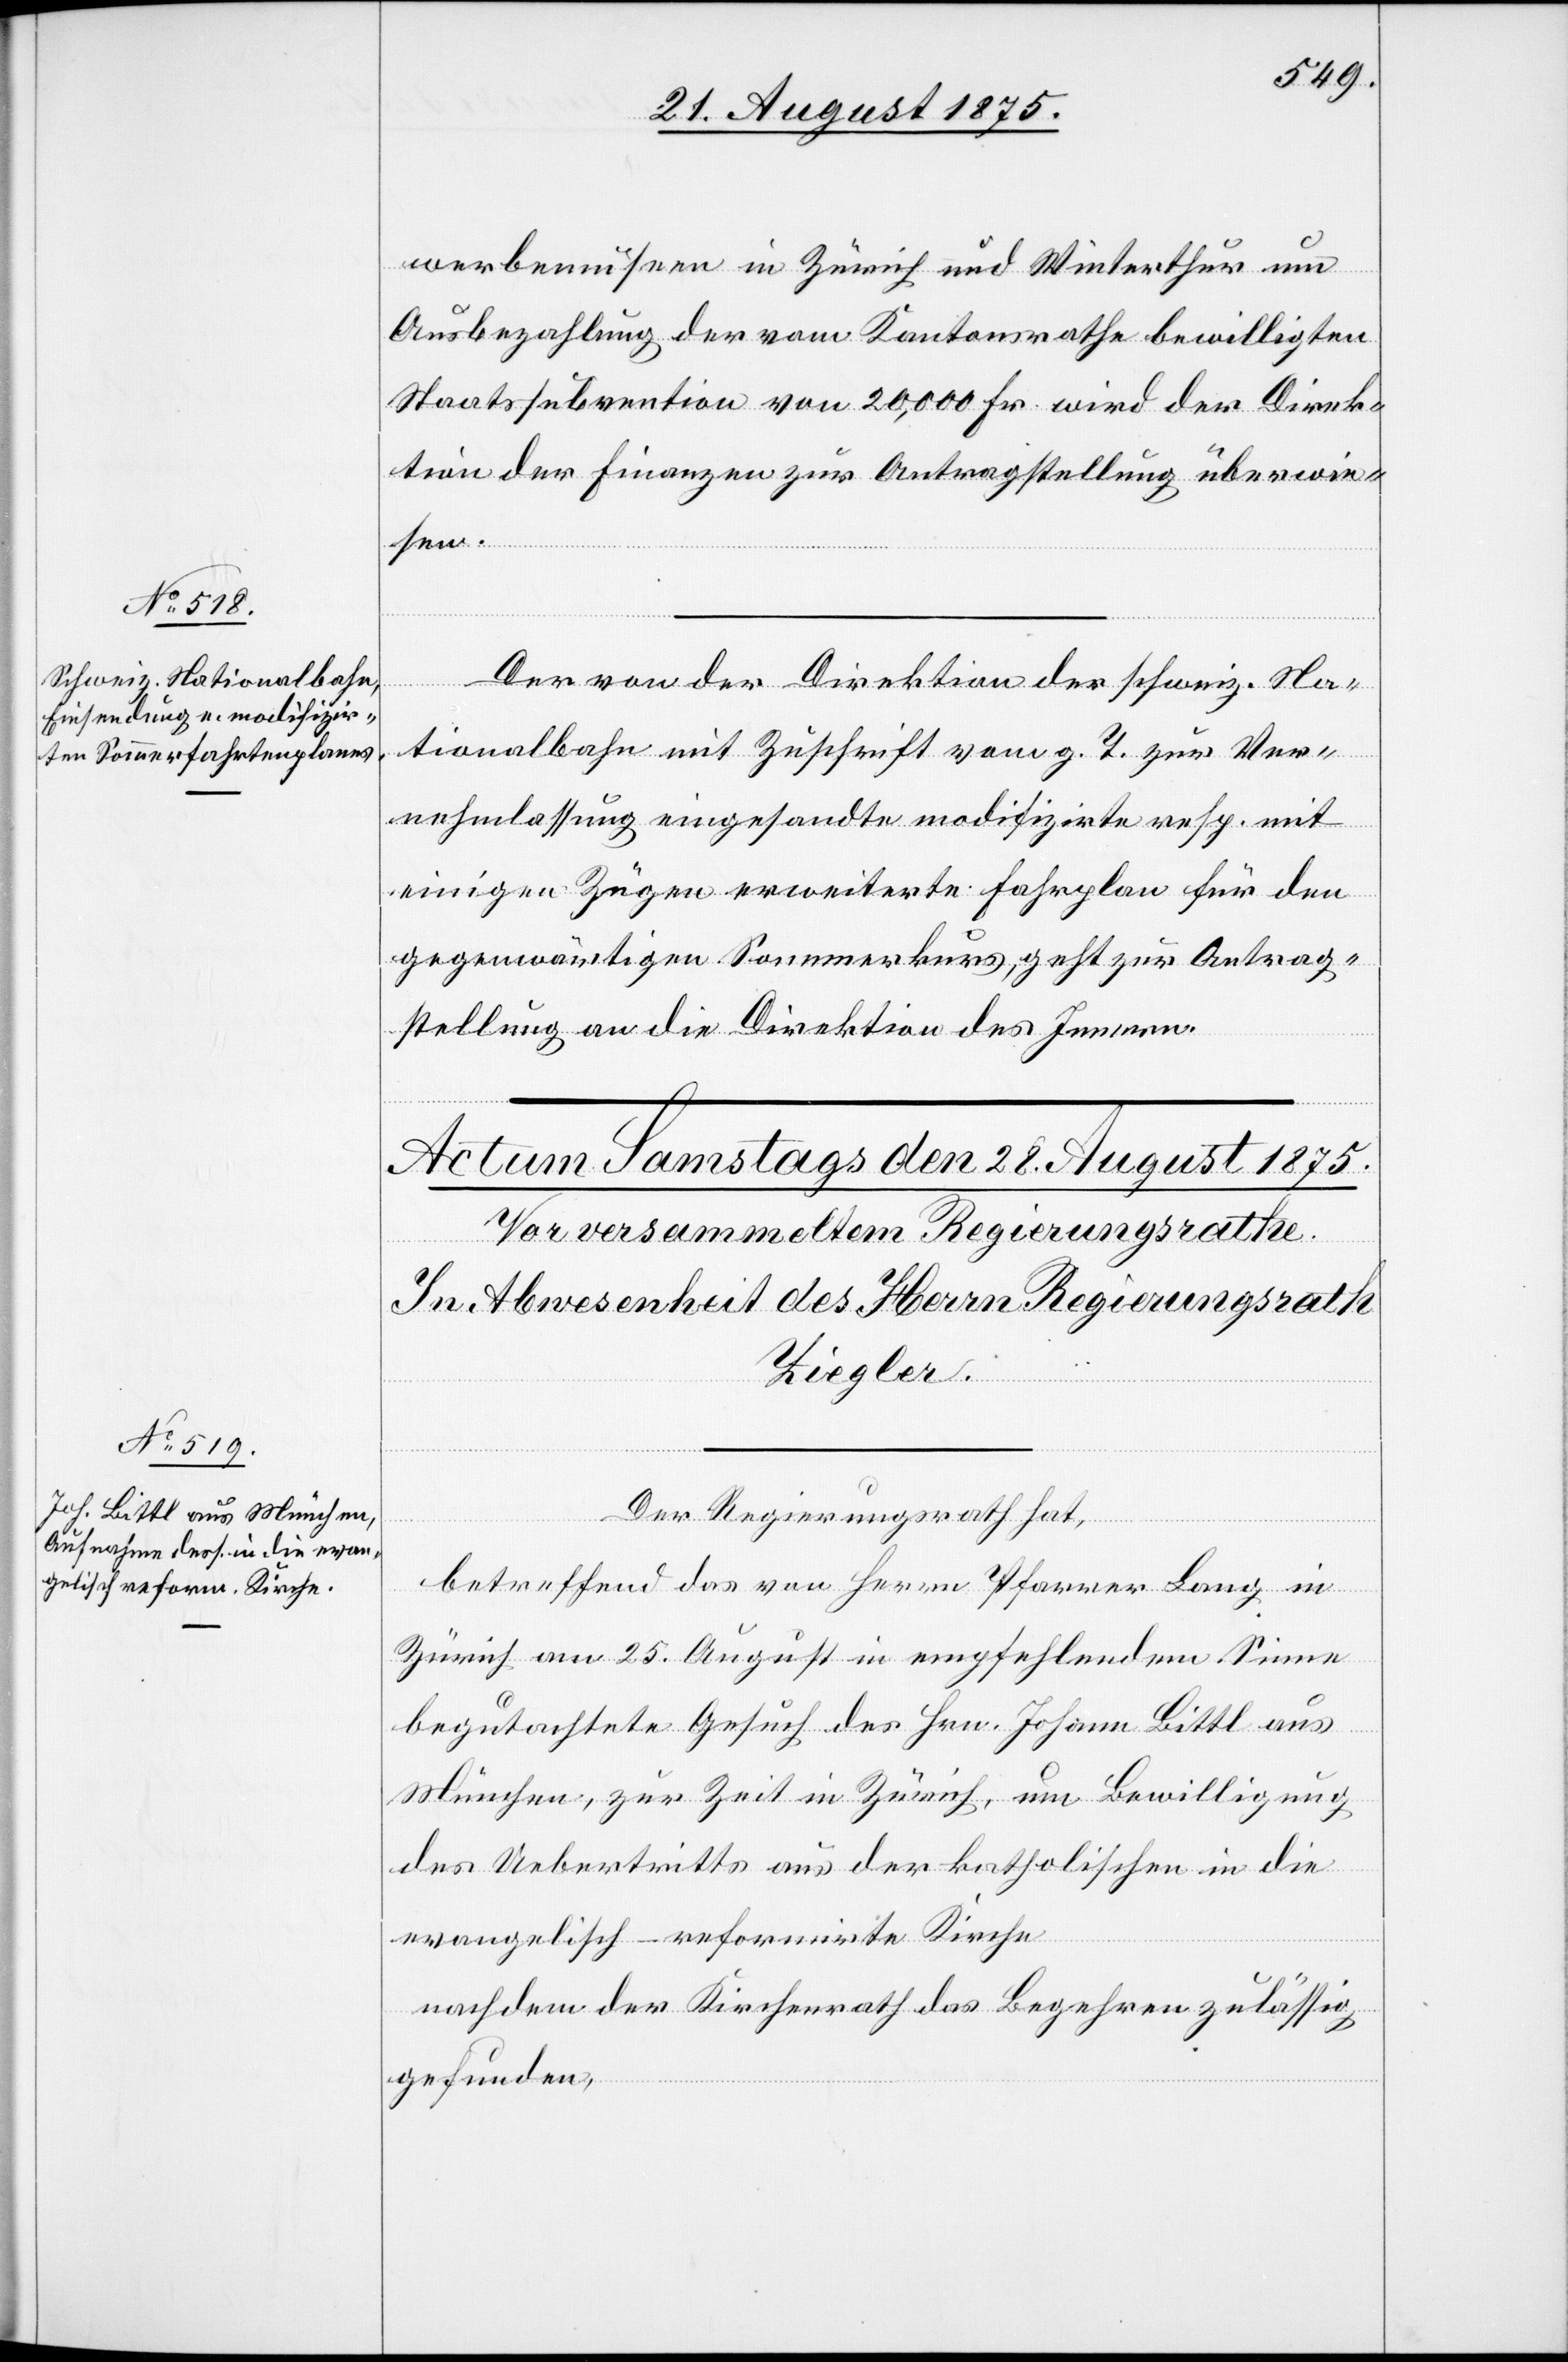
27. August 1875.]
werbemuseen in Zürich und Winterthur um
Ausbezahlung der vom Kantonsrathe bewilligten
Staatssubvention von 20,000 Fr. wird der Direk¬
tion der Finanzen zur Antragstellung überwie¬
sen.
Der von der Direktion der schweiz. Na¬
tionalbahn mit Zuschrift vom g. T. zur Ver¬
nehmlassung eingesandte modifizirte resp. mit
einigen Zügen erweiterte Fahrplan für den
gegenwärtigen Sommerkurs, geht zur Antrag¬
stellung an die Direktion des Innern.
Der Regierungsrath hat,
betreffend das von Herrn Pfarrer Lang in
Zürich am 25. August in empfehlendem Sinne
begutachtete Gesuch des Hrn. Johann Bittl aus
München, zur Zeit in Zürich, um Bewilligung
des Uebertritts aus der katholischen in die
evangelisch-reformirte Kirche
nachdem der Kirchenrath das Begehren zulässig
gefunden,